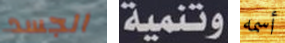
الجسد وتنمية أسمه